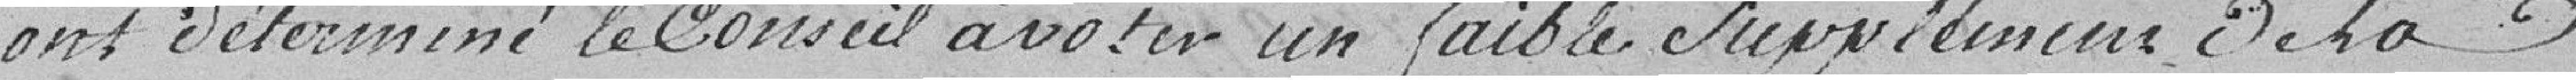
ont déterminé le Conseil à voter un faible supplément de la